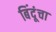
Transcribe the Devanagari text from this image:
बिंदूंचा